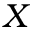
X